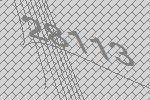
28113